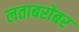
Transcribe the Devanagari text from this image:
लताबरोबर